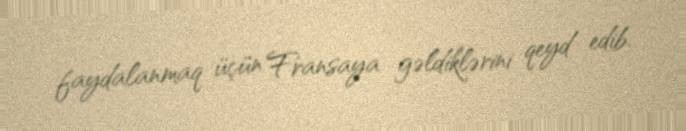
faydalanmaq üçün Fransaya gəldiklərini qeyd edib.